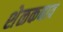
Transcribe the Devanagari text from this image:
शेळकबाव